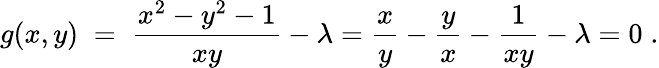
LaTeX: g(x,y)\; =\; {\frac{x^{2}-y^{2}-1}{xy}}-\lambda={\frac{x}{y}}-{\frac{y}{x}}-{\frac{1}{xy}}-\lambda=0\; .